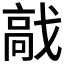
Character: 𩫅